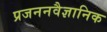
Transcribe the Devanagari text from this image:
प्रजननवैज्ञानिक